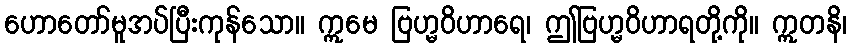
ဟောတော်မူအပ်ပြီးကုန်သော။ ဣမေ ဗြဟ္မဝိဟာရေ၊ ဤဗြဟ္မဝိဟာရတို့ကို။ ဣတနိ၊